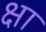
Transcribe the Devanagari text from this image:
क्षा